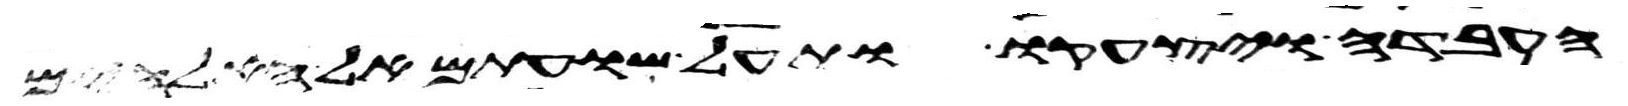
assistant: העבדה ויצעקו ותעל שועתם אל האלהים